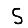
Digit: 5